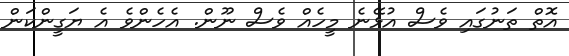
އޮތް ތަނުގައި ވެސް އުޅޭނެ މީހެއް ވެސް ނޫން. އެހެންވެ އެ ޔަގީންކަން